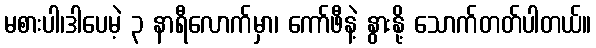
မစားပါ၊ဒါပေမဲ့ ၃ နာရီလောက်မှာ၊ ကော်ဖီနဲ့ နွားနို့ သောက်တတ်ပါတယ်။